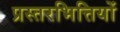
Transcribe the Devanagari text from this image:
प्रस्तरभित्तियों